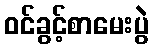
ဝင်ခွင့်စာမေးပွဲ